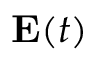
\mathbf { E } ( t )